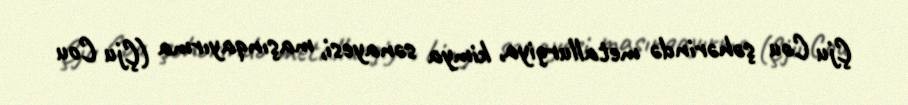
Çju Cou şəhərində metallurgiya, kimya sənayesi, maşınqayırma (Çju Cou